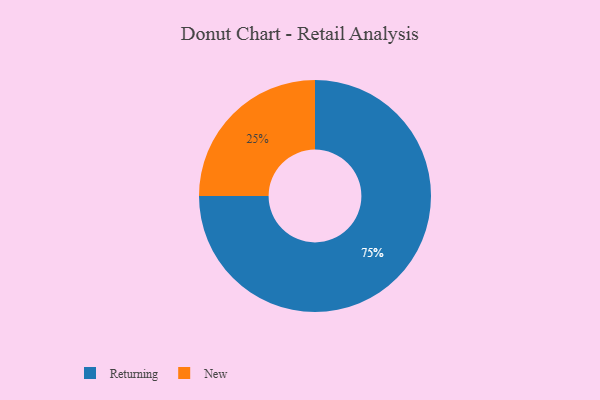
{"axis": {"x": "Category", "y": "Percentage"}, "legend": ["New", "Returning"], "data": [{"x": "New", "y": 25, "type": "New"}, {"x": "Returning", "y": 75, "type": "Returning"}]}